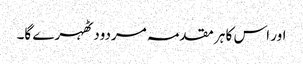
اور اس کا ہر مقدمہ مردود ٹھہرے گا۔